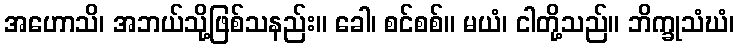
အဟောသိ၊ အဘယ်သို့ဖြစ်သနည်း။ ခေါ၊ စင်စစ်။ မယံ၊ ငါတို့သည်။ ဘိက္ခုသံဃံ၊